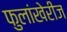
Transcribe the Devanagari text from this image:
फुलांखेरीज